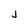
Character: j